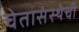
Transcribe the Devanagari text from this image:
चेतासंस्थेची